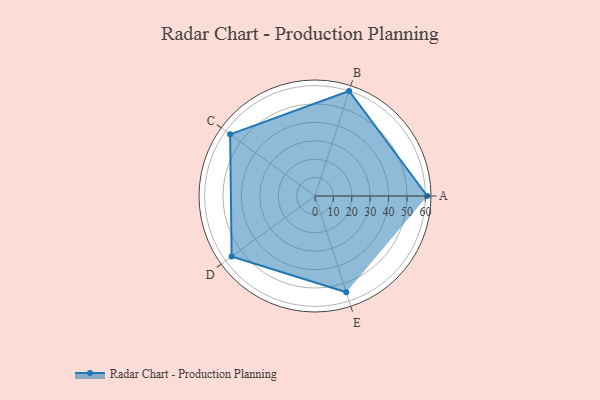
{"axis": {"x": "Skill", "y": "Score"}, "legend": ["Profile"], "data": [{"x": "A", "y": 61.0, "type": "Profile"}, {"x": "B", "y": 60.0, "type": "Profile"}, {"x": "C", "y": 57.0, "type": "Profile"}, {"x": "D", "y": 56.0, "type": "Profile"}, {"x": "E", "y": 55.0, "type": "Profile"}]}